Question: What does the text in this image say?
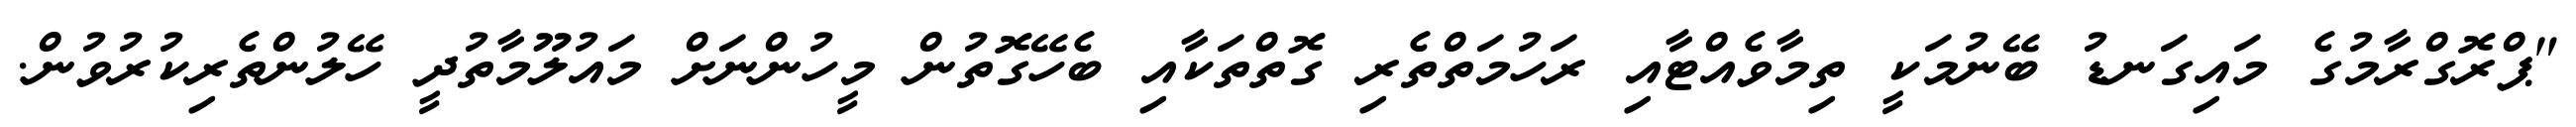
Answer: "ޕްރޮގްރާމުގެ މައިގަނޑު ބޭނުމަކީ ތިމާވެއްޓާއި ރަހުމަތްތެރި ގޮތްތަކާއި ބެހޭގޮތުން މީހުންނަށް މައުލޫމާތުދީ ހޭލުންތެރިކުރުވުން.